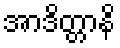
အာဒိတ္တာနိ